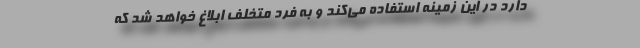
دارد در این زمینه استفاده می‌کند و به فرد متخلف ابلاغ خواهد شد که